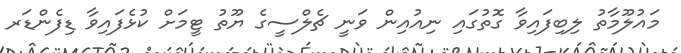
މައުލޫމާތު ލިބިފައިވާ ގޮތުގައި ނިއުއިން ވަނީ ޗެލްސީގެ ޔޫތު ޓީމަށް ކުޅެފައިވާ ޑިފެންޑަރ